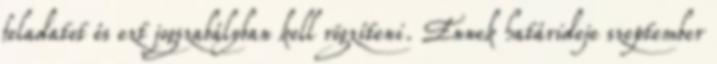
feladatot és ezt jogszabályban kell rögzíteni. Ennek határideje szeptember